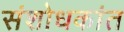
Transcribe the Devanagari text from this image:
संशोधकांत